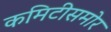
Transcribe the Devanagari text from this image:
कमिटीसमोर